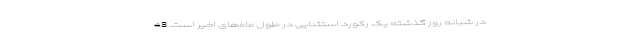
در شبانه روز گذشته یک رکورد استثنایی در طول ماه‌های اخیر است. 48